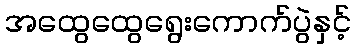
အထွေထွေရွေးကောက်ပွဲနှင့်